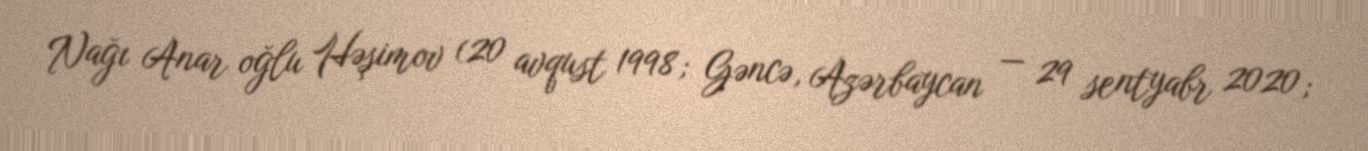
Nağı Anar oğlu Həşimov (20 avqust 1998; Gəncə, Azərbaycan — 29 sentyabr 2020;